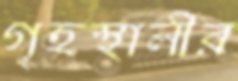
গৃহস্থালীর